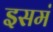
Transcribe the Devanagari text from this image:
इसमं